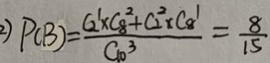
2 ) P ( B ) = \frac { C 2 ^ { 1 } \times C 8 ^ { 2 } + C 2 ^ { 2 } \times C 8 ^ { 1 } } { C 1 0 ^ { 3 } } = \frac { 8 } { 1 5 }